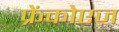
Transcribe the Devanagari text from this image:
फ्रेंकोएज़